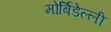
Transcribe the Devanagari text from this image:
मोर्बिडेल्ली